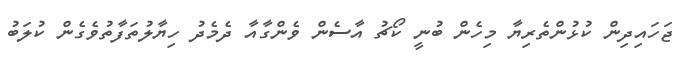
ޖަހައިދިން ކުޅުންތެރިޔާ މިހެން ބުނީ ކޯޗު އާސެން ވެންގާއާ ދެމެދު ހިޔާލުތަފާތުވެގެން ކުލަބު